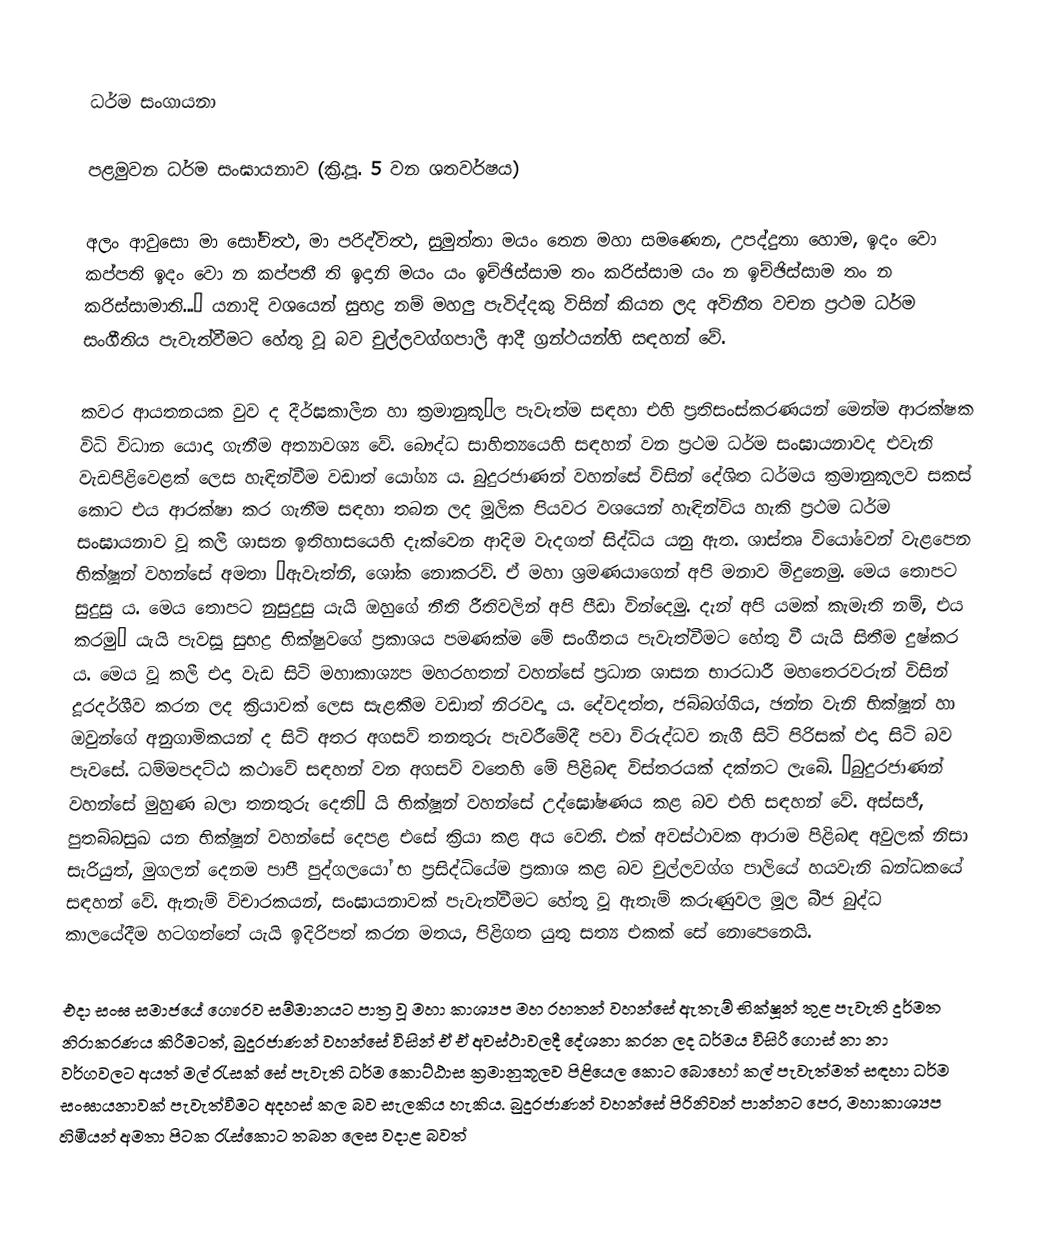

ධර්ම සංගායනා

පළමුවන ධර්ම සංඝායනාව (ක්‍රි.පූ. 5 වන ශතවර්ෂය)

අලං ආවුසො මා සෝචිත්‍ථ, මා පරිද්විත්‍ථ, සුමුත්තා මයං තෙන මහා සමණෙන, උපද්දුතා හොම, ඉදං වො කප්පති ඉදං වො න කප්පතී ති ඉදානි මයං යං ඉච්ඡිස්සාම තං කරිස්සාම යං න ඉච්ඡිස්සාම තං න කරිස්සාමාති...’ යනාදි වශයෙන් සුභද්‍ර නම් මහලු පැවිද්දකු විසින් කියන ලද අවිනීත වචන ප්‍රථම ධර්ම සංගීතිය පැවැත්වීමට හේතු වූ බව චුල්ලවග්ගපාලී ආදී ග්‍රන්ථයන්හි සඳහන් වේ.

කවර ආයතනයක වුව ද දීර්ඝකාලීන හා ක්‍රමානුකූ®ල පැවැත්ම සඳහා එහි ප්‍රතිසංස්කරණයන් මෙන්ම ආරක්ෂක විධි විධාන යොදා ගැනීම අත්‍යාවශ්‍ය වේ. බෞද්ධ සාහිත්‍යයෙහි සඳහන් වන ප්‍රථම ධර්ම සංඝායනාවද එවැනි වැඩපිළිවෙළක් ලෙස හැඳින්වීම වඩාත් යෝග්‍ය ය. බුදුරජාණන් වහන්සේ විසින් දේශිත ධර්මය ක්‍රමානුකූලව සකස් කොට එය ආරක්ෂා කර ගැනීම සඳහා තබන ලද මූලික පියවර වශයෙන් හැඳින්විය හැකි ප්‍රථම ධර්ම සංඝායනාව වූ කලී ශාසන ඉතිහාසයෙහි දැක්වෙන ආදිම වැදගත් සිද්ධිය යනු ඇත. ශාස්තෘ වියෝවෙන් වැළපෙන භික්ෂූන් වහන්සේ අමතා ‘ඇවැත්නි, ශෝක නොකරව්. ඒ මහා ශ්‍රමණයාගෙන් අපි මනාව මිදුනෙමු. මෙය තොපට සුදුසු ය. මෙය තොපට නුසුදුසු යැයි ඔහුගේ නීති රීතිවලින් අපි පීඩා වින්දෙමු. දැන් අපි යමක් කැමැති නම්, එය කරමු’ යැයි පැවසූ සුභද්‍ර භික්ෂුවගේ ප්‍රකාශය පමණක්ම මේ සංගීතය පැවැත්වීමට හේතු වී යැයි සිතීම දුෂ්කර ය. මෙය වූ කලී එදා වැඩ සිටි මහාකාශ්‍යප මහරහතන් වහන්සේ ප්‍රධාන ශාසන භාරධාරී මහතෙරවරුන් විසින් දූරදර්ශීව කරන ලද ක්‍රියාවක් ලෙස සැළකීම වඩාත් නිරවද්‍ය ය. දේවදත්ත, ජබ්බග්ගිය, ඡන්න වැනි භික්ෂූන් හා ඔවුන්ගේ අනුගාමිකයන් ද සිටි අතර අගසව් තනතුරු පැවරීමේදී පවා විරුද්ධව නැගී සිටි පිරිසක් එදා සිටි බව පැවසේ. ධම්මපදට්ඨ කථාවේ සඳහන් වන අගසව් වතෙහි මේ පිළිබඳ විස්තරයක් දක්නට ලැබේ. ‘බුදුරජාණන් වහන්සේ මුහුණ බලා තනතුරු දෙති’ යි භික්ෂූන් වහන්සේ උද්ඝෝෂණය කළ බව එහි සඳහන් වේ. අස්සජී, පුතබ්බසුඛ යන භික්ෂූන් වහන්සේ දෙපළ එසේ ක්‍රියා කළ අය වෙති. එක් අවස්ථාවක ආරාම පිළිබඳ අවුලක් නිසා සැරියුත්, මුගලන් දෙනම පාපී පුද්ගලයෝ භ ප්‍රසිද්ධියේම ප්‍රකාශ කළ බව චුල්ලවග්ග පාලියේ හයවැනි ඛන්ධකයේ සඳහන් වේ. ඇතැම් විචාරකයන්, සංඝායනාවක් පැවැත්වීමට හේතු වූ ඇතැම් කරුණුවල මූල බීජ බුද්ධ කාලයේදීම හටගත්තේ යැයි ඉදිරිපත් කරන මතය, පිළිගත යුතු සත්‍ය එකක් සේ නොපෙනෙයි.

එදා සංඝ සමාජයේ ගෞරව සම්මානයට පාත්‍ර වූ මහා කාශ්‍යප මහ රහතන් වහන්සේ ඇතැම් භික්ෂූන් තුළ පැවැති දුර්මත නිරාකරණය කිරීමටත්, බුදුරජාණන් වහන්සේ විසින් ඒ ඒ අවස්ථාවලදී දේශනා කරන ලද ධර්මය විසිරී ගොස් නා නා වර්ගවලට අයත් මල් රැසක් සේ පැවැති ධර්ම කොට්ඨාස ක්‍රමානුකූලව පිළියෙල කොට බොහෝ කල් පැවැත්මත් සඳහා ධර්ම සංඝායනාවක් පැවැත්වීමට අදහස් කල බව සැලකිය හැකිය. බුදුරජාණන් වහන්සේ පිරිනිවන් පාන්නට පෙර, මහාකාශ්‍යප හිමියන් අමතා පිටක රැස්කොට තබන ලෙස වදාළ බවත්